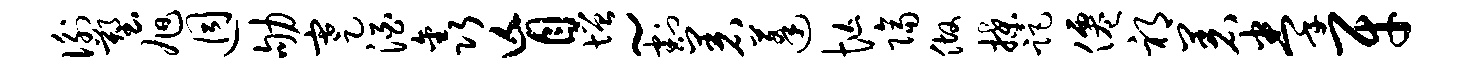
衡塑旭迥劬蹇酒鑫盲增~割着蓬忙隔做揲距仙祁着拳牙